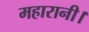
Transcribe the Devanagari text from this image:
महारानी।